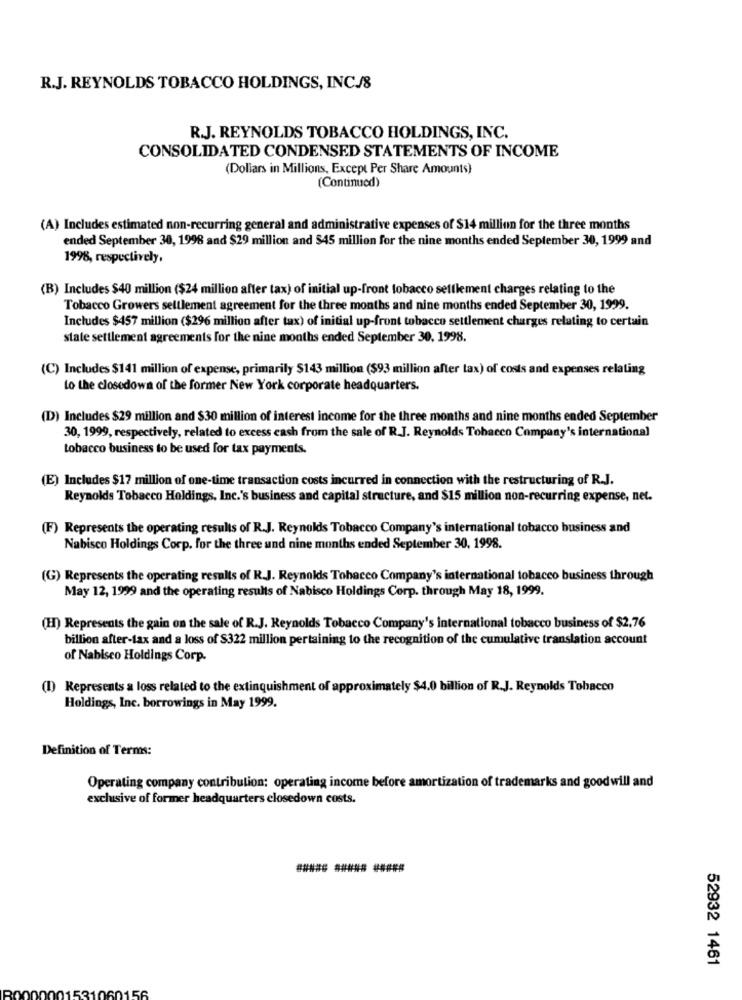
R.J. REYNOLDS TOBACCO HOLDINGS, INC./8
R.J. REYNOLDS TOBACCO HOLDINGS, INC.
CONSOLIDATED CONDENSED STATEMENTS OF INCOME
(Dollars in Millions, Except Per Share Amounts)
(Continued)
(A) Includes estimated non-recurring general and administrative expenses of $14 million for the three months
ended September 30, 1998 and $29 million and $45 million for the nine months ended September 30, 1999 and
1998, respectively,
(B) Includes $40 million ($24 million after tax) of initial up-front tobacco settlement charges relating to the
Tobacco Growers settlement agreement for the three months and nine months ended September 30, 1999.
Includes $457 million ($296 million after tax) of initial up-front tobacco settlement charges relating to certain
state settlement agreements for the nine months ended September 30, 1998.
(C) Includes $141 million of expense, primarily $143 million ($93 million after tax) of costs and expenses relating
Lo the closedown of the former New York corporate headquarters.
(D) Includes $29 million and $30 million of interest income for the three months and nine months ended September
30, 1999, respectively, related to excess cash from the sale of R.J. Reynolds Tobacco Company's international
tobacco business to be used for tax payments.
(E) Includes $17 million of one-time transaction costs incurred in connection with the restructuring of R.J.
Reynolds Tobacco Holdings, Inc.'s business and capital structure, and $15 million non-recurring expense, net.
(F) Represents the operating results of R.J. Reynolds Tobacco Company's international tobacco business and
Nabisco Holdings Corp. for the three und nine months ended September 30, 1998.
(G) Represents the operating results of R.J. Reynolds Tobacco Company's international tobacco business through
May 12, 1999 and the operating results of Nabisco Holdings Corp. through May 18, 1999.
(H) Represents the gain on the sale of R.J. Reynolds Tobacco Company's international tobacco business of $2.76
billion after-tax and a loss of $322 million pertaining to the recognition of the cumulative translation account
of Nabisco Holdings Corp.
(1) Represents a loss related to the extinquishment of approximately $4.0 billion of R.J. Reynolds Tobacco
Holdings, Inc. borrowings in May 1999.
Definition of Terms:
Operating company contribution: operating income before amortization of trademarks and goodwill and
exclusive of former headquarters closedown costs.
52932 1461